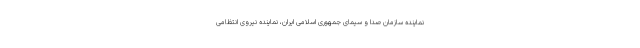
نماینده سازمان صدا و سیمای جمهوری اسلامی ایران، نماینده نیروی انتظامی